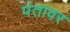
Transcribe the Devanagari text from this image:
पंतावर